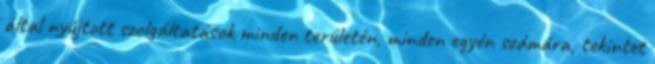
által nyújtott szolgáltatások minden területén, minden egyén számára, tekintet